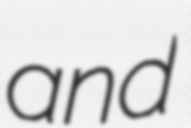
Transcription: and